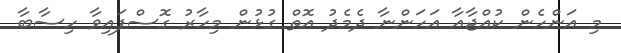
މި އަންހެން ކުއްޖާއާ އަހަންނާ ދެމެދު އޮތް ގުޅުން މިހާރު ގޮސްފައިވާ ހިސާބާ